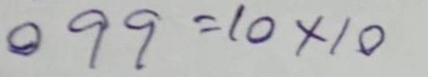
099 = 10 x 10